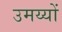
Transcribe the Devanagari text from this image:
उमय्यों